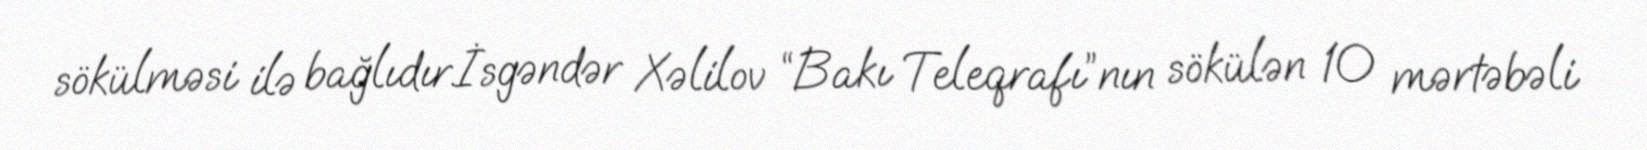
sökülməsi ilə bağlıdır.İsgəndər Xəlilov “Bakı Teleqrafı”nın sökülən 10 mərtəbəli